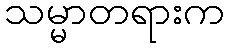
သမ္မာတရားက